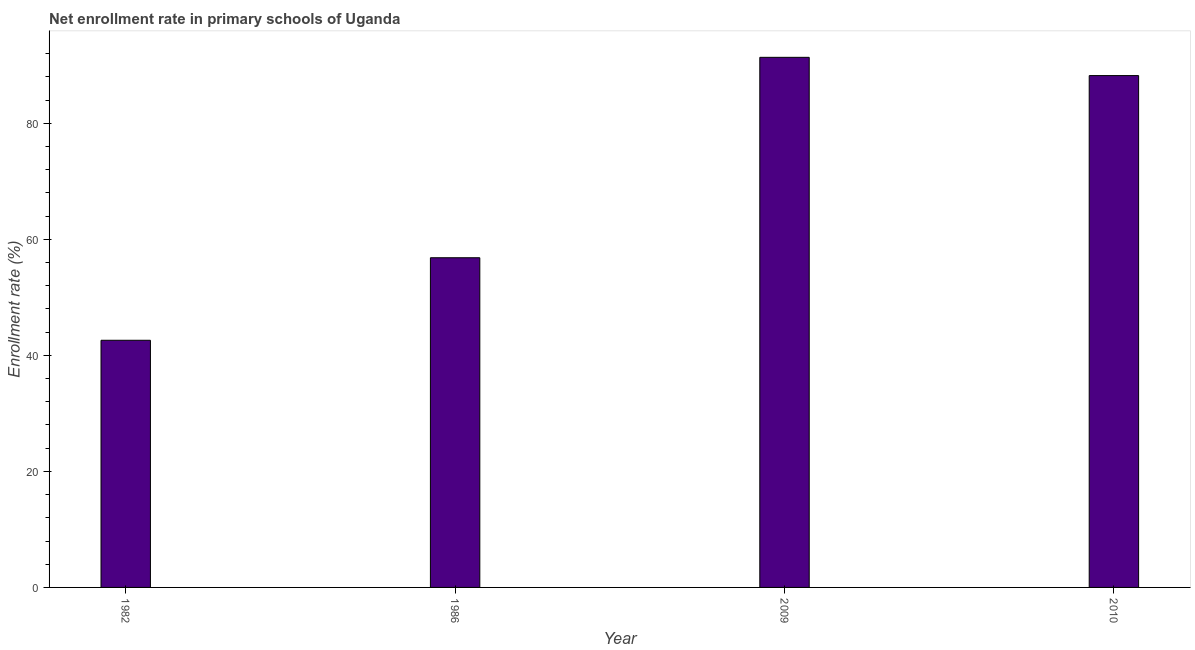
| Year | Adjusted net enrolment rate |
 | --- | --- |
 | 1982 | 42.6 |
 | 1986 | 56.8 |
 | 2009 | 91.4 |
 | 2010 | 88.2 |